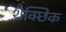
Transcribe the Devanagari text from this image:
शैक्छिक